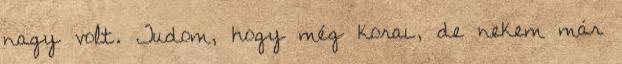
nagy volt. Tudom, hogy még korai, de nekem már